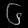
Digit: ၆